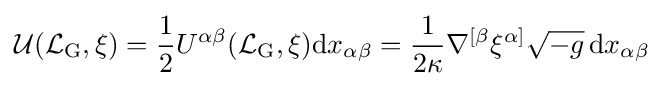
{\mathcal {U}}({{\mathcal {L}}_{\mathrm {G} }},\xi )={1 \over 2}U^{\alpha \beta }({{\mathcal {L}}_{\mathrm {G} }},\xi )\mathrm {d} x_{\alpha \beta }={1 \over {2\kappa }}\nabla ^{[\beta }\xi ^{\alpha ]}{\sqrt {-g}}\,\mathrm {d} x_{\alpha \beta }